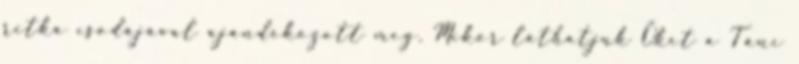
ritka csodájával ajándékozott meg. Mikor láthatjuk Őket a Tánc